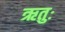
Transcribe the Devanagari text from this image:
ऋतुः